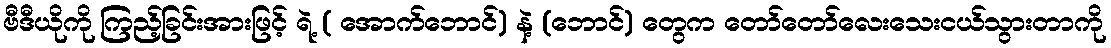
ဗီဒီယိုကို ကြည့်ခြင်းအားဖြင့် ရဲ့ ( အောက်ဘောင်) နဲ့ (ဘောင်) တွေက တော်တော်လေးသေးငယ်သွားတာကို